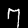
Digit: 7